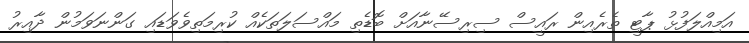
އަމިއްލަފުޅު ޕާޓީ ތެރެއިން ރައީސް ސިރިސޭނާއަށް ބޮޑެތި މައްސަލަތަކެއް ކުރިމަތިވެވަޑައި ގަންނަވަމުން ދާއިރު